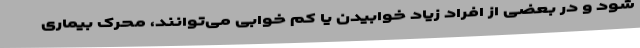
شود و در بعضی از افراد زیاد خوابیدن یا کم خوابی می‌توانند، محرک بیماری